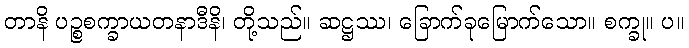
တာနိ ပဉ္စစက္ခာယတနာဒီနိ၊ တို့သည်။ ဆဋ္ဌဿ၊ ခြောက်ခုမြောက်သော။ စက္ခု။ ပ။